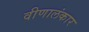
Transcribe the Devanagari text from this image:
वीणालंकार